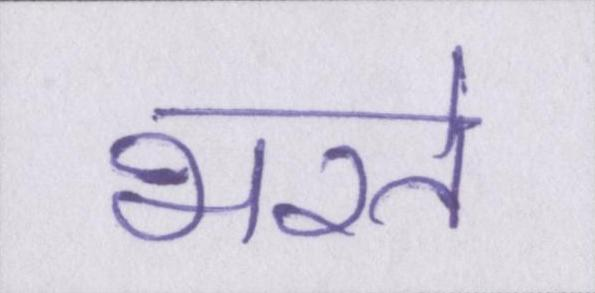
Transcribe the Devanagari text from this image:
भरते